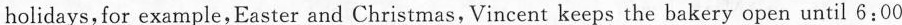
holidays,for example,Easter and Christmas, Vincent keeps the bakery open until 6:00